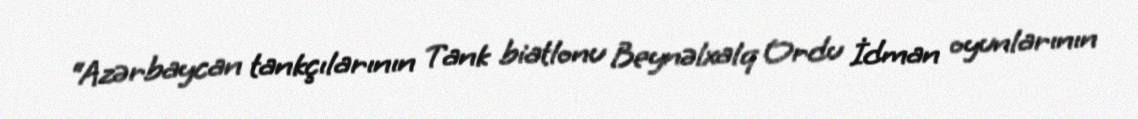
“Azərbaycan tankçılarının Tank biatlonu Beynəlxalq Ordu İdman oyunlarının